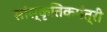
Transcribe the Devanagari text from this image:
सांस्कृतिकमंत्री